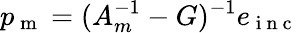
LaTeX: p_{\mathrm{~m~}}=(A_{m}^{-1}-G)^{-1}e_{\mathrm{~i~n~c~}}